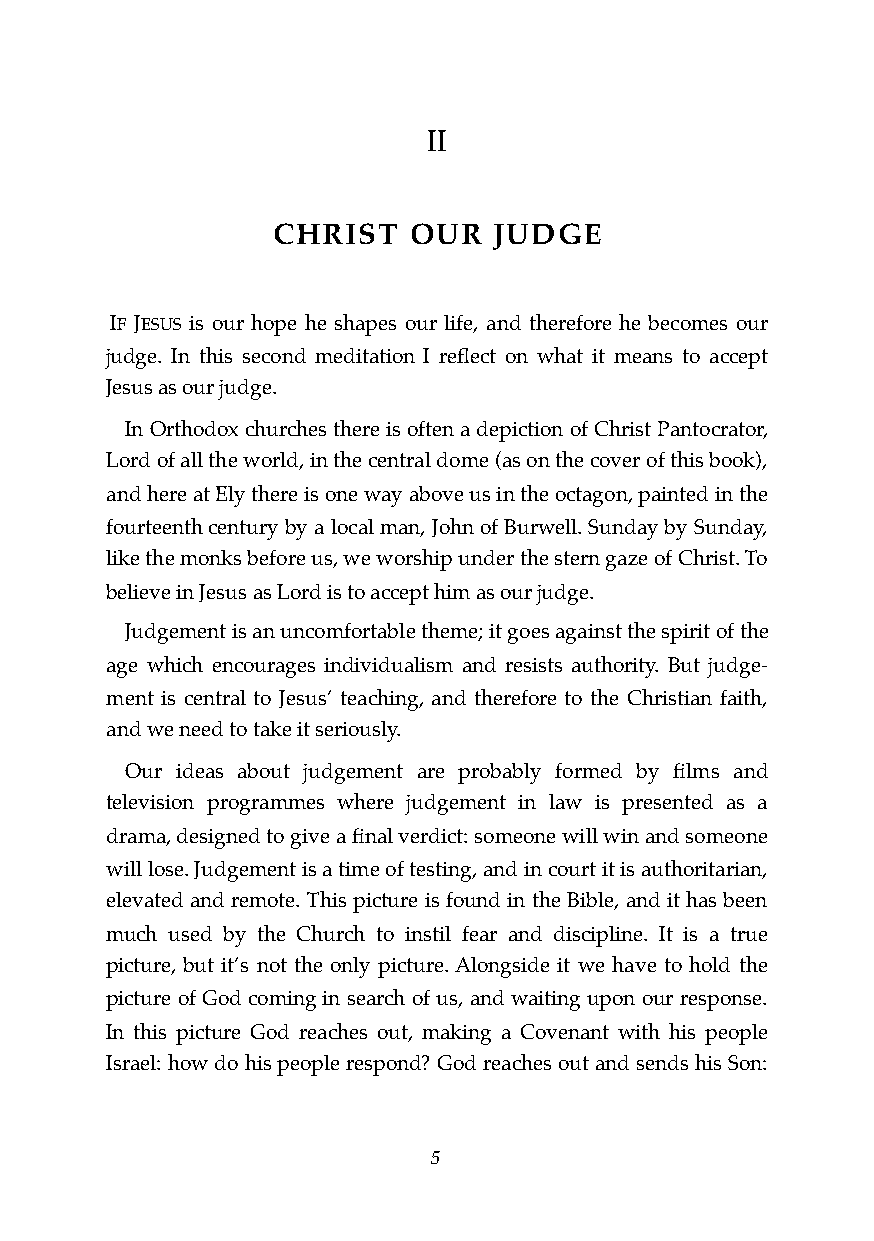
II
 CHRIST   OUR   JUDGE
 IF JESUS is our hope he shapes our life, and therefore he becomes our
 judge. In this second meditation I reflect on what it means to accept
 Jesus as our judge.
 In Orthodox churches there is often a depiction of Christ Pantocrator,
 Lord of all the world, in the central dome (as on the cover of this book),
 and here at Ely there is one way above us in the octagon, painted in the
 fourteenth century by a local man, John of Burwell. Sunday by Sunday,
 like the monks before us, we worship under the stern gaze of Christ. To
 believe in Jesus as Lord is to accept him as our judge.
 Judgement is an uncomfortable theme; it goes against the spirit of the
 age which encourages individualism and resists authority. But judge-
 ment is central to Jesus’ teaching, and therefore to the Christian faith,
 and we need to take it seriously.
 Our ideas about judgement are probably formed by films and
 television programmes where judgement in law is presented as a
 drama, designed to give a final verdict: someone will win and someone
 will lose. Judgement is a time of testing, and in court it is authoritarian,
 elevated and remote. This picture is found in the Bible, and it has been
 much used by the Church to instil fear and discipline. It is a true
 picture, but it’s not the only picture. Alongside it we have to hold the
 picture of God coming in search of us, and waiting upon our response.
 In this picture God reaches out, making a Covenant with his people
 Israel: how do his people respond? God reaches out and sends his Son:
 !5